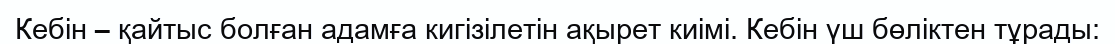
Кебін – қайтыс болған адамға кигізілетін ақырет киімі. Кебін үш бөліктен тұрады: